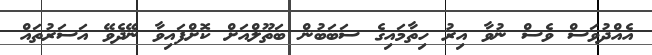
އެއްދުވަސް ވެސް ނުވާ އިރު ހިތާމައިގެ ސަބަބުން ބަތޫލްއަށް ކޮށްފައިވާ ނޭދެވޭ އަސަރުތައް